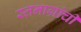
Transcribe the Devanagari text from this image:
स्तनाग्रांची